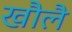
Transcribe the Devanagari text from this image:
खौलै